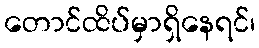
တောင်ထိပ်မှာရှိနေရင်၊